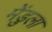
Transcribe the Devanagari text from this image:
मेंडुला